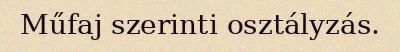
Műfaj szerinti osztályzás.